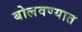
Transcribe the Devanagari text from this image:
बोलवण्यात